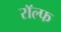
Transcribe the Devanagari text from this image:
राॅल्फ